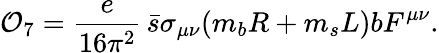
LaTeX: {\cal O}_{7}=\frac{e}{16\pi^{2}}\, \bar{s}\sigma_{\mu\nu}(m_{b}R+m_{s}L)bF^{\mu\nu}.